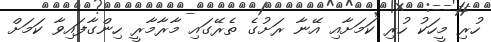
ހުރި މީހަކު ހުރި ކަމަށާއި އޭނާ ރަށުގެ ތެރޭގައި މާރާމާރީ ހިންގާފައިވާ ކަމަށް